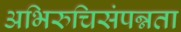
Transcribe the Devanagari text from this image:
अभिरुचिसंपन्नता